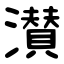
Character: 濽